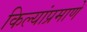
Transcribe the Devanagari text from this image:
किल्यांप्रमाणे